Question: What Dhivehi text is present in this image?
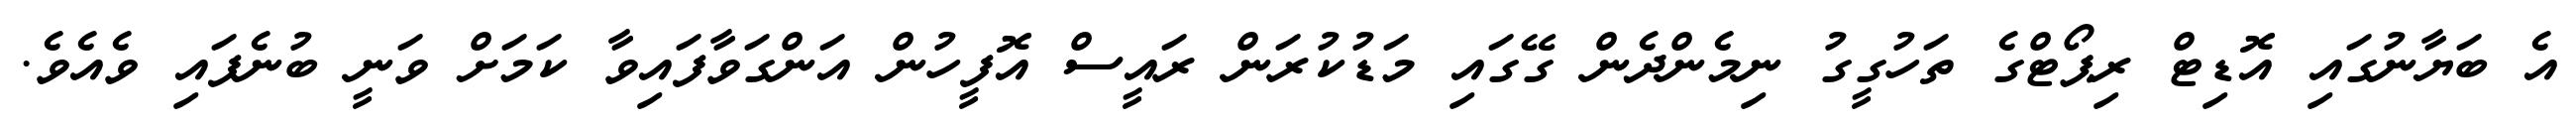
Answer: އެ ބަޔާނުގައި އޮޑިޓް ރިޕޯޓްގެ ތަހުގީގު ނިމެންދެން ގޭގައި މަޑުކުރަން ރައީސް އޮފީހުން އަންގަވާފައިވާ ކަމަށް ވަނީ ބުނެފައި ވެއެވެ.